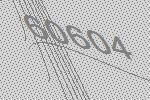
60604